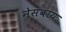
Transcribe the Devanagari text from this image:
नेसबाय